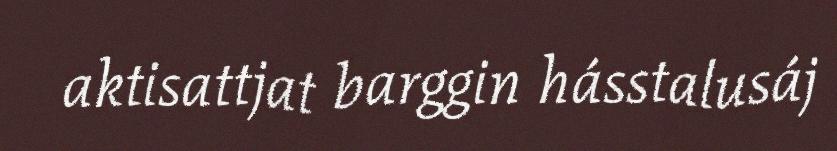
aktisattjat barggin hásstalusáj